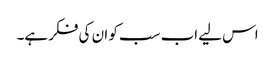
اس لیے اب سب کو ان کی فکر ہے۔